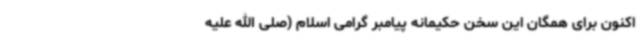
اکنون برای همگان این سخن حکیمانه پیامبر گرامی اسلام (صلی الله علیه